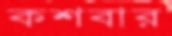
কশবার